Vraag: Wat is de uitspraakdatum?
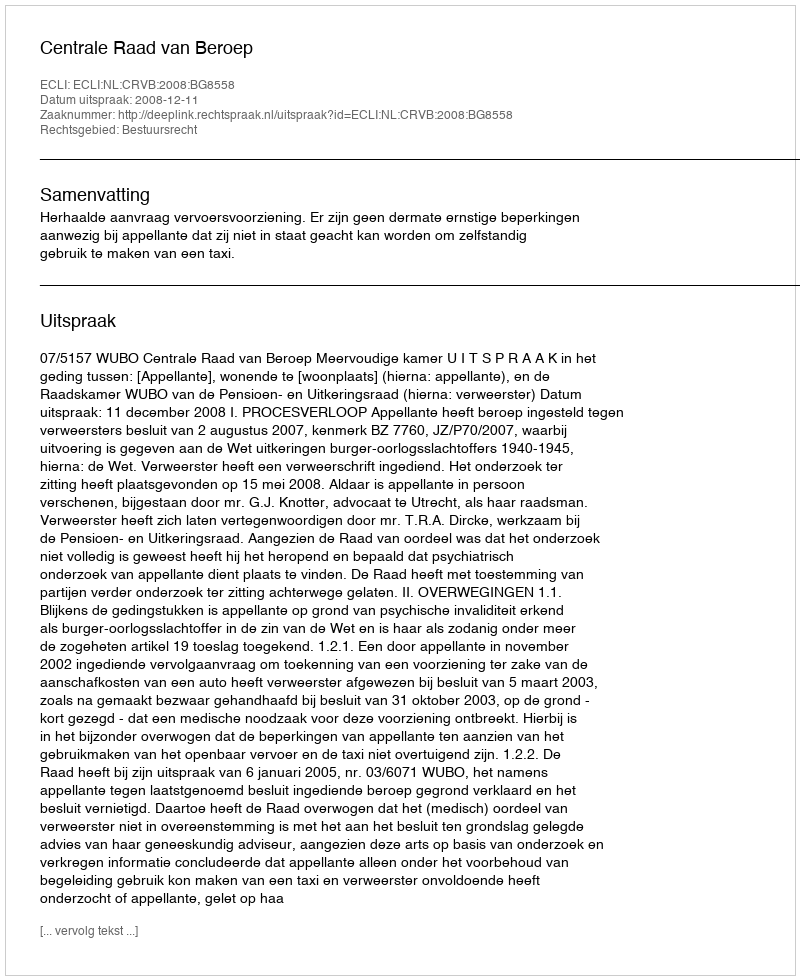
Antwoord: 2008-12-11